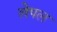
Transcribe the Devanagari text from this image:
लेपल